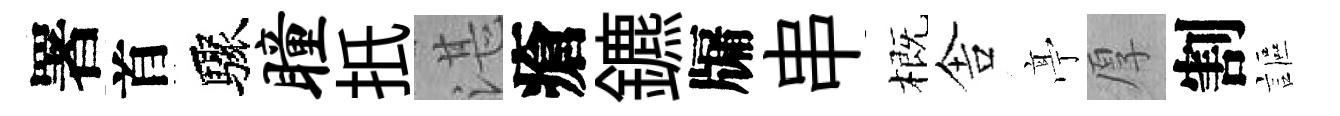
署首驟瞳扺湛瘡鑣牖串概舎𠅘厚割謳